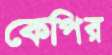
কেপির